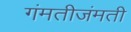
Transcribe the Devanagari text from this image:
गंमतीजंमती